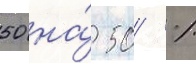
50 на́ 50 %